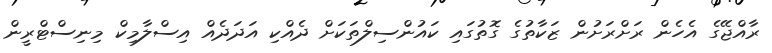
ރާއްޖޭގެ އެހެން ރަށްރަށުން ޒަކާތުގެ ގޮތުގައި ކައުންސިލްތަކަށް ދެއްކި އަދަދެއް އިސްލާމިކް މިނިސްޓްރީން